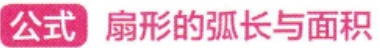
公式 扇形的弧长与面积